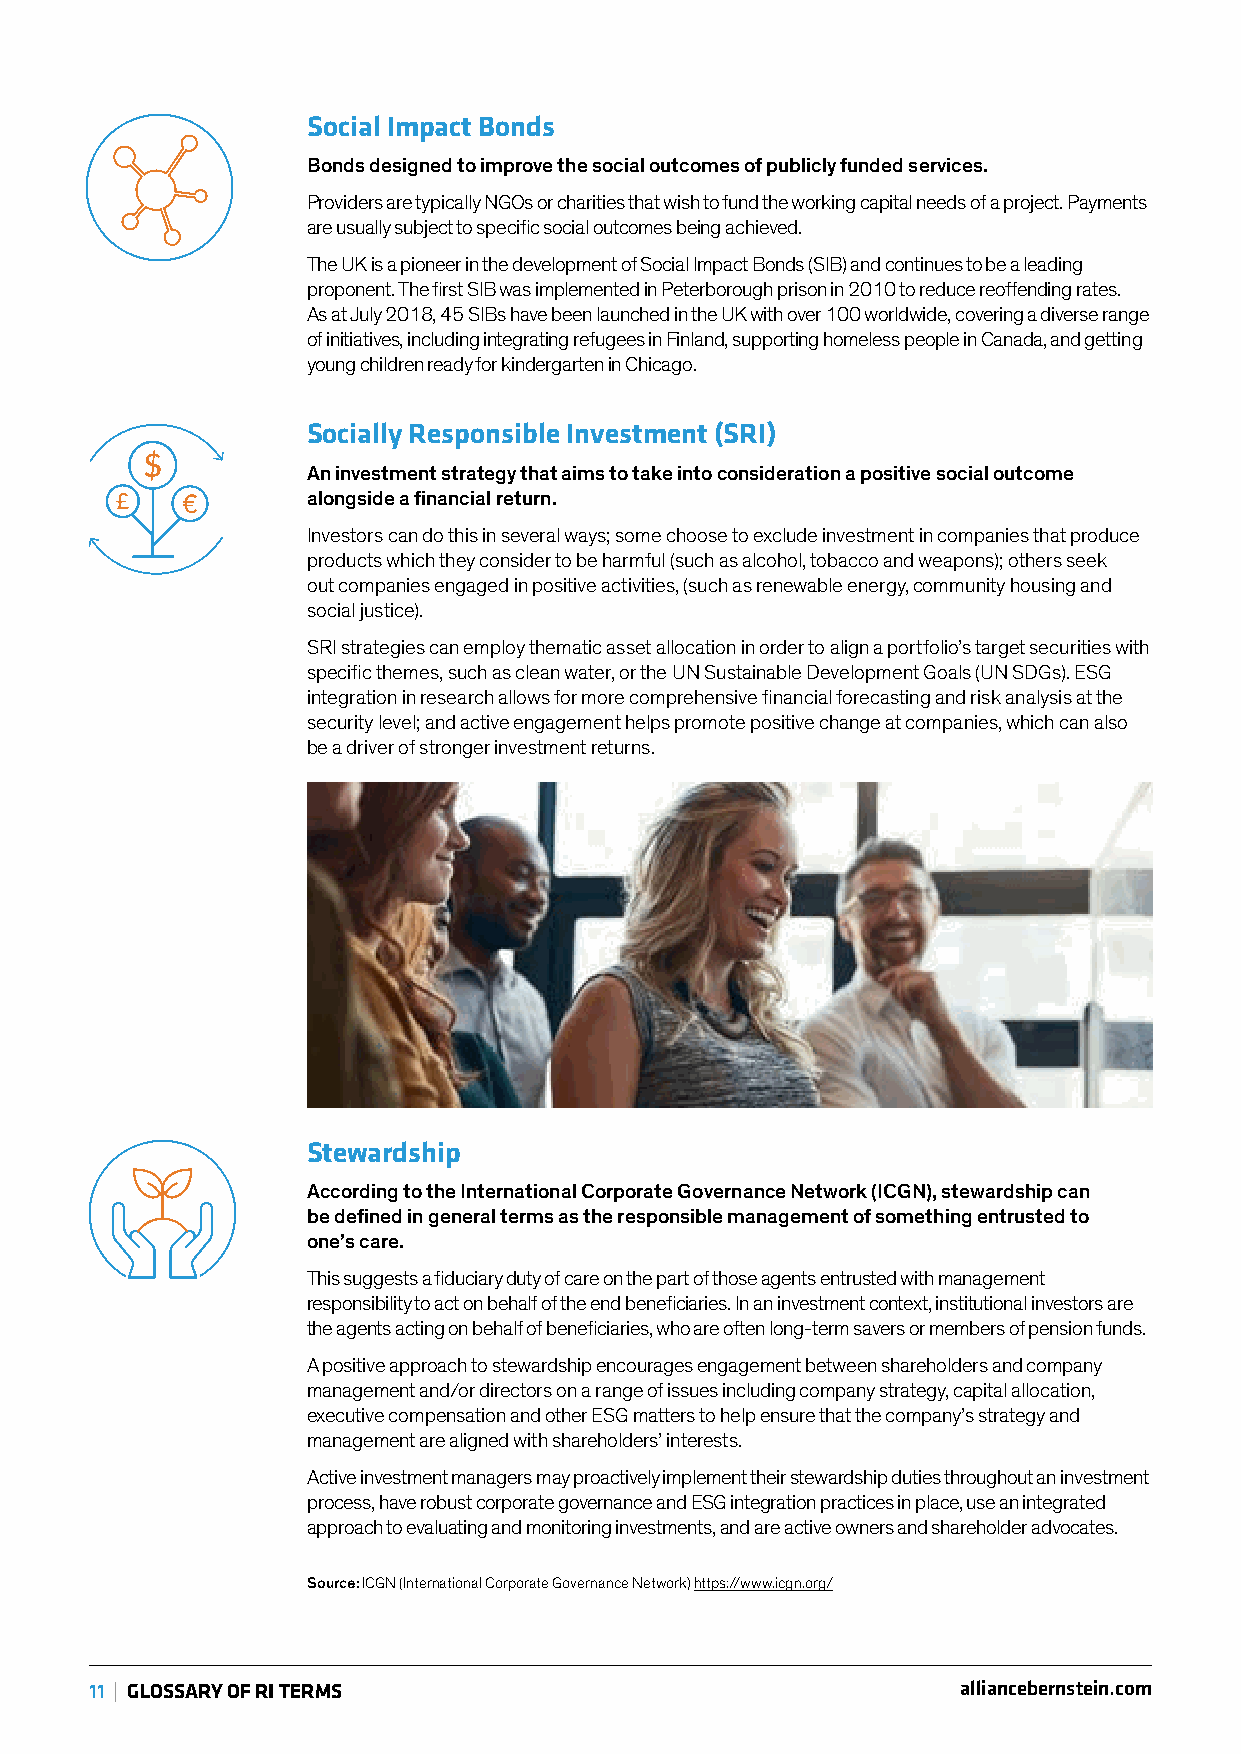
Social Impact Bonds
 Bonds designed to improve the social outcomes of publicly funded services.
 Providers are typically NGOs or charities that wish to fund the working capital needs of a project. Payments
 are usually subject to specific social outcomes being achieved.
 The UK is a pioneer in the development of Social Impact Bonds (SIB) and continues to be a leading
 proponent. The first SIB was implemented in Peterborough prison in 2010 to reduce reoffending rates.
 As at July 2018, 45 SIBs have been launched in the UK with over 100 worldwide, covering a diverse range
 of initiatives, including integrating refugees in Finland, supporting homeless people in Canada, and getting
 young children ready for kindergarten in Chicago.
 Socially Responsible Investment (SRI)
 An investment strategy that aims to take into consideration a positive social outcome
 alongside a financial return.
 Investors can do this in several ways; some choose to exclude investment in companies that produce
 products which they consider to be harmful (such as alcohol, tobacco and weapons); others seek
 out companies engaged in positive activities, (such as renewable energy, community housing and
 social justice).
 SRI strategies can employ thematic asset allocation in order to align a portfolio’s target securities with
 specific themes, such as clean water, or the UN Sustainable Development Goals (UN SDGs). ESG
 integration in research allows for more comprehensive financial forecasting and risk analysis at the
 security level; and active engagement helps promote positive change at companies, which can also
 be a driver of stronger investment returns.
 Stewardship
 According to the International Corporate Governance Network (ICGN), stewardship can
 be defined in general terms as the responsible management of something entrusted to
 one’s care.
 This suggests a fiduciary duty of care on the part of those agents entrusted with management
 responsibility to act on behalf of the end beneficiaries. In an investment context, institutional investors are
 the agents acting on behalf of beneficiaries, who are often long-term savers or members of pension funds.
 A positive approach to stewardship encourages engagement between shareholders and company
 management and/or directors on a range of issues including company strategy, capital allocation,
 executive compensation and other ESG matters to help ensure that the company’s strategy and
 management are aligned with shareholders’ interests.
 Active investment managers may proactively implement their stewardship duties throughout an investment
 process, have robust corporate governance and ESG integration practices in place, use an integrated
 approach to evaluating and monitoring investments, and are active owners and shareholder advocates.
 Source: ICGN (International Corporate Governance Network) https://www.icgn.org/
 11 | GLOSSARY OF RI TERMS                                 alliancebernstein.com